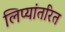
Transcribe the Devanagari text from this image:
लिप्यांतरित